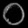
Digit: ၀